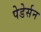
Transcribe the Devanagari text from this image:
पेडेर्सन